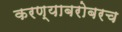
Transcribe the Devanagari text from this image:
करण्‍याबरोबरच